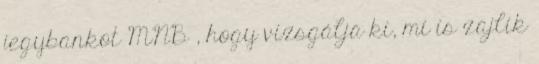
jegybankot MNB , hogy vizsgálja ki, mi is zajlik